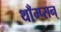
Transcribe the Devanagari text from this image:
थाँम्प्सन्